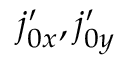
\ensuremath { j _ { 0 x } ^ { \prime } } , \ensuremath { j _ { 0 y } ^ { \prime } }